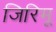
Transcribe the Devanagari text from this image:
जिरिमू